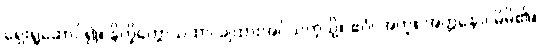
ရှေးရှုဆောင်၍။ နိက္ခိတ္တောယထာ၊ ချထားအပ်သကဲ့သို့။ ဧဝံ၊ အတူ။ အတ္တနော၊ မိမိ၏။